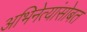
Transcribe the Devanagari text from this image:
अभिनेत्यांसोबत